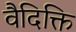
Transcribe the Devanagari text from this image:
वैदिक्ति